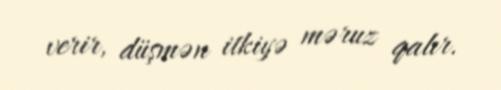
verir, düşmən itkiyə məruz qalır.